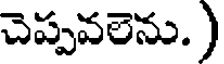
చెప్పవలెను. )